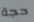
حجة